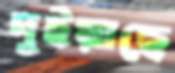
দুইয়াছে